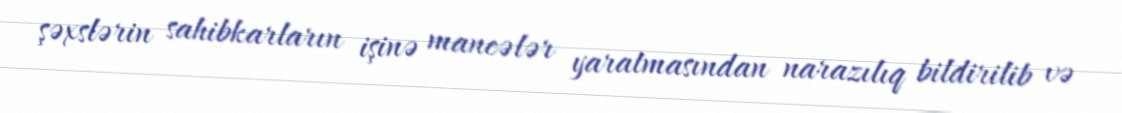
şəxslərin sahibkarların işinə maneələr yaratmasından narazılıq bildirilib və